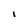
Character: I